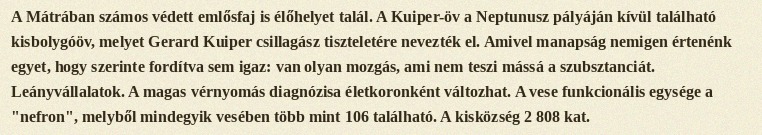
A Mátrában számos védett emlősfaj is élőhelyet talál. A Kuiper-öv a Neptunusz pályáján kívül található kisbolygóöv, melyet Gerard Kuiper csillagász tiszteletére nevezték el. Amivel manapság nemigen értenénk egyet, hogy szerinte fordítva sem igaz: van olyan mozgás, ami nem teszi mássá a szubsztanciát. Leányvállalatok. A magas vérnyomás diagnózisa életkoronként változhat. A vese funkcionális egysége a "nefron", melyből mindegyik vesében több mint 106 található. A kisközség 2 808 kat.